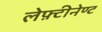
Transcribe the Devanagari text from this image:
लेफ़्टीनेण्ट